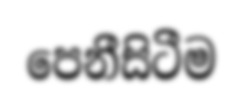
පෙනීසිටීම